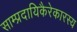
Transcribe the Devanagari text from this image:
साम्प्रदायिकैरेकारस्य